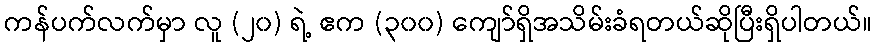
ကန်ပက်လက်မှာ လူ (၂၀) ရဲ့ ဧက (၃၀၀) ကျော်ရှိအသိမ်းခံရတယ်ဆိုပြီးရှိပါတယ်။